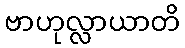
ဗာဟုလ္လာယာတိ